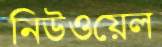
নিউওয়েল